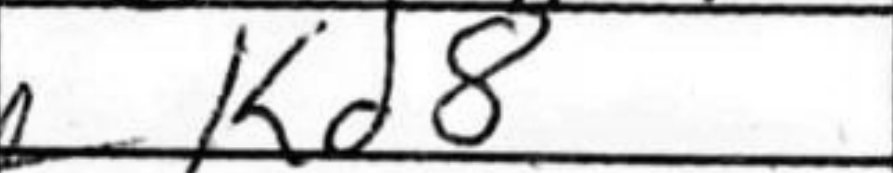
Transcription: Kd8